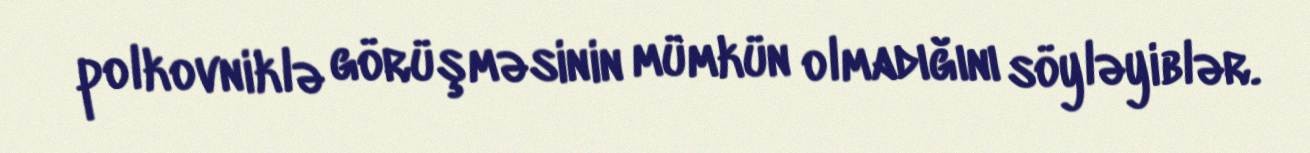
polkovniklə görüşməsinin mümkün olmadığını söyləyiblər.